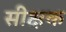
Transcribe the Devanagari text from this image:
सीक्षक